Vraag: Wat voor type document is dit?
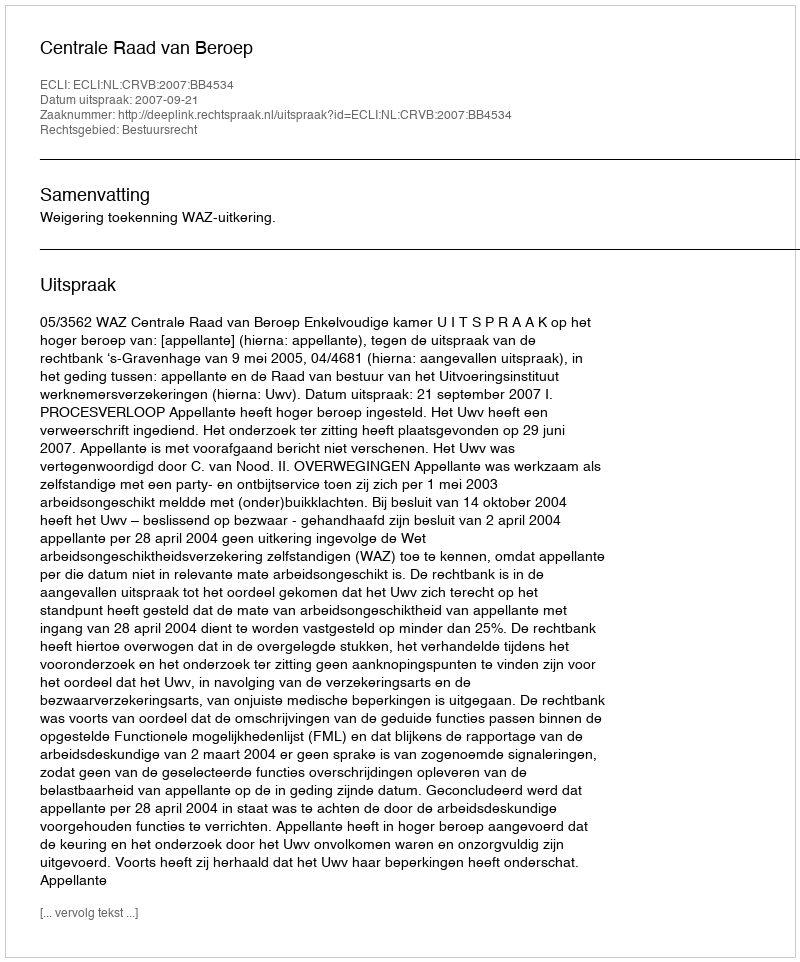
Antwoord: Uitspraak